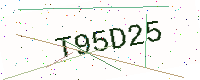
Text: T95D25